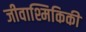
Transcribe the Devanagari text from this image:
जीवाश्मिकिकी